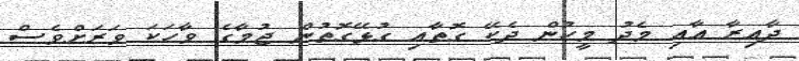
ދާއިރާ އާއި މެދު މީހުން ދެކޭ ގޮތާއި ގުޅޭގޮތުން ޖުމާގެ ވާހަކަ ވަރަށްވެސް